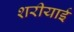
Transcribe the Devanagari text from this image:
शरीयाई